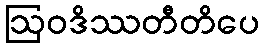
ဩဝဒိဿတီတိပေ